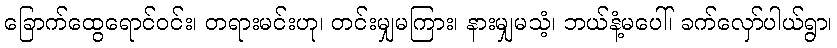
ခြောက်ထွေရောင်ဝင်း၊ တရားမင်းဟု၊ တင်းမျှမကြား၊ နားမျှမသံ့၊ ဘယ်နံ့မပေါ်၊ ခက်လှော်ပါယ်ရွာ၊